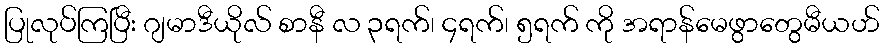
ပြုလုပ်ကြပြီး ဂျမာဒီယိုလ် စာနီ လ ၃ရက်၊ ၄ရက်၊ ၅ရက် ကို အရာန်မေဖွာတွေမီယဟ်